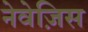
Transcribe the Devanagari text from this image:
नेवेज़िस